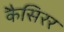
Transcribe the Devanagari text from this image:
कैसिरर